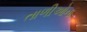
તાળીઓના